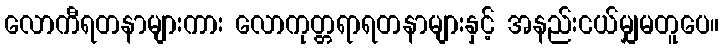
လောကီရတနာများကား လောကုတ္တရာရတနာများနှင့် အနည်းငယ်မျှမတူပေ။